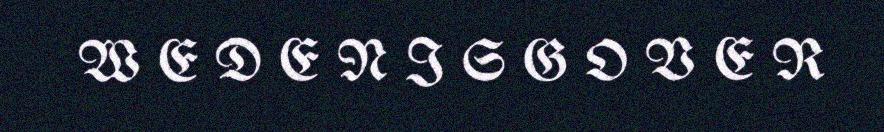
W E D E N I S G O V E R